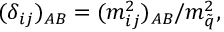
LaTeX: ( \delta _ { i j } ) _ { A B } = { ( m _ { i j } ^ { 2 } ) _ { A B } / m _ { \tilde { q } } ^ { 2 } } ,